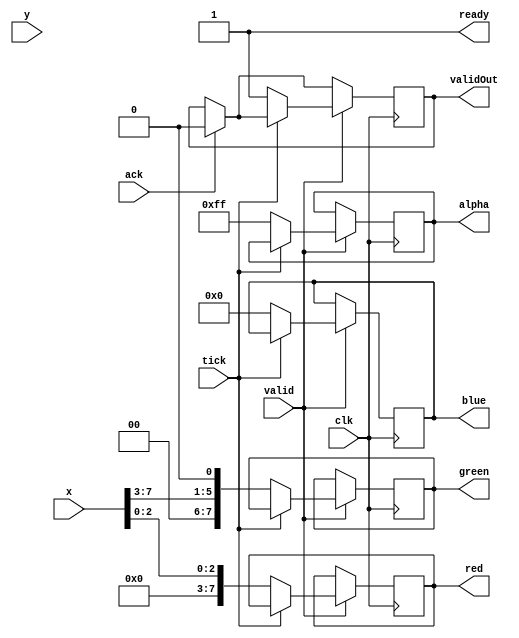
`default_nettype none

module panel_bg (
  input            clk,
  input            valid,
  input            tick,
  input      [9:0] x, y,
  input            ack,
  output reg       validOut,
  output           ready,
  output reg [7:0] red, green, blue,
  output reg [7:0] alpha
);
  
  reg [10:0] offset = 0;
  wire [9:0] x_pos, y_pos;
  
  assign x_pos = x;
  assign y_pos = y + {6'h00, offset[4:1]};
  
  assign ready = 1;
  
  always @(posedge clk) begin
    if (ack)
      validOut <= 0;
    if (valid) begin
      if (tick) begin
        offset <= offset + 1;
      end else begin
        red <= {5'h00, x_pos[2:0]};
        green <= {2'h0, x_pos[7:3], 1'b0};
        blue <= 8'h00;
        alpha <= 8'hFF;
        validOut <= 1;
      end
    end
  end

endmodule // panel_bg